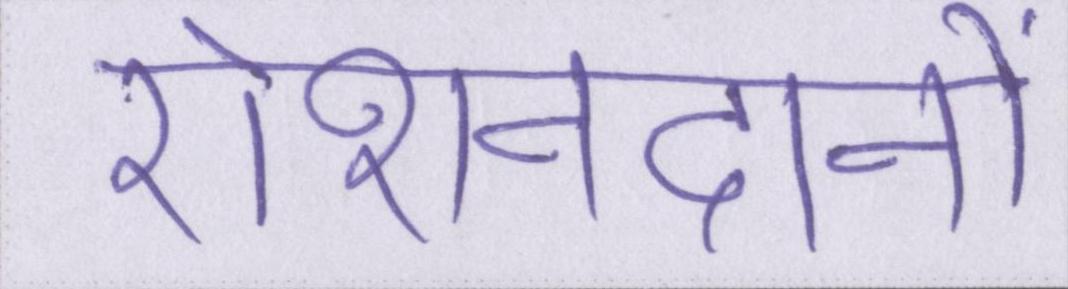
रोशनदानों